Vaccination in Bombay 1874-1876 - 1874-1876
Year: 1874
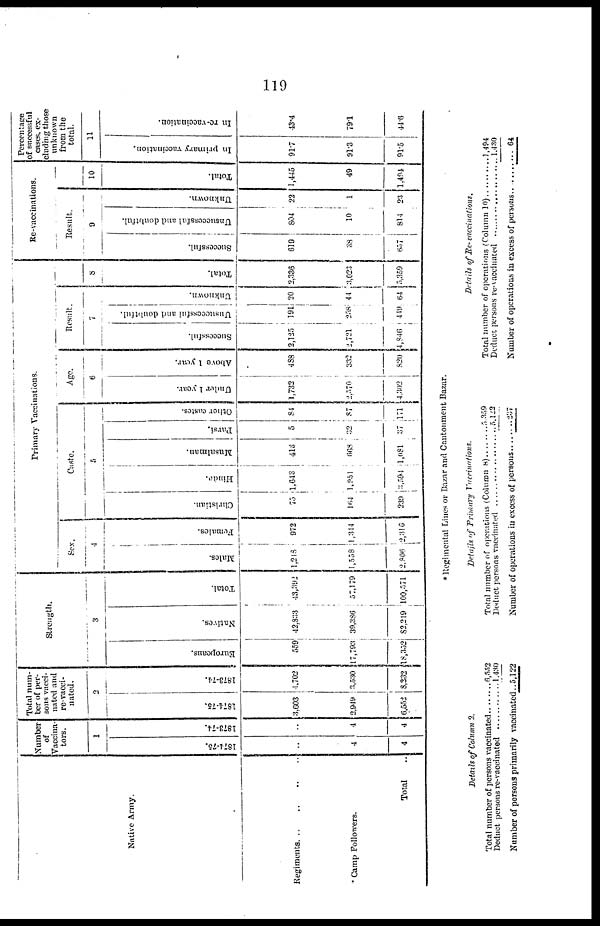
119
Native Army.
Regiments
Camp Followers.
Total ..
Number
of
Vaccina¬
tors.
1
1874-75.
...
4
4
1873-74.
...
4
4
Total num-
ber of per-
sons vacci-
nated and
re-vacci-
nated.
2
1874-75.
3,603
2,949
6,552
1873-74.
4,702
3,530
8,232
Strength.
3
Europeans.
559
17,793
18,352
Natives.
42,833
39,386
82,219
Total.
43,392
57,179
100,571
Primary Vaccinations.
Sex.
4
Males.
1,218
1,558
2,806
Females.
972
1,314
2,316
Caste.
5
Christian.
75
164
239
Hindu.
1,643
1,051
3,594
Musalman.
416
668
1,081
Parsi.
5
32
37
Other castes.
84
87
171
Age.
6
Under 1 year.
1,732
2,570
4,302
Above 1 year.
488
332
820
Result.
7
Successful.
2,125
2,721
4,846
Unsuccessful and doubtful.
191
258
419
Unknown.
20
44
64
8
Total.
2,336
3,023
5,359
Re-vaccinations.
Result.
9
Successful.
619
38
657
Unsuccessful and doubtful.
804
10
814
Unknown.
22
1
23
10
Total.
1,445
49
1,494
Percentage
of successful
cases, ex-
cluding those
unknown
from the
total.
11
In primary vaccination.
91.7
91.3
91.5
In re-vaccination.
43.4
79.1
44.6
* Regimental Lines or Bazar and Cantonment Bazar.
Details of Column 2.
Total number of persons vaccinated
.
Deduct persons re-vaccinated........................
Number of persons primarily vaccinated......
6,552
1,430
5,122
Details of Primary
Vaccinations.
Total number of operations (Column 8 ) ...............
Deduct persons vaccinated
Number of operations in excess of persons.......
5,359
5,122
237
Details of Re- vaccinations.
Total number of operations (Column 10 ) ...............
Deduct persons vaccinated
Number of operations in excess of persons.......
1,494
1,430
64